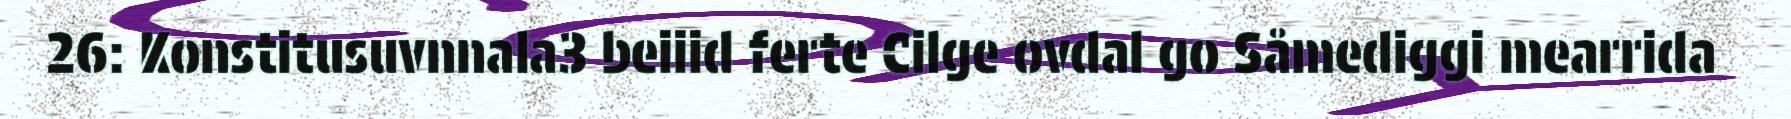
26: Konstitusuvnnala3 beiiid ferte Cilge ovdal go Såmediggi mearrida